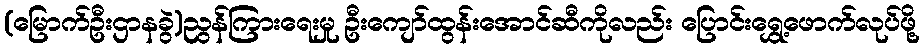
(မြောက်ဦးဌာနခွဲ)ညွန်ကြားရေးမှု ဦးကျော်ထွန်းအောင်ဆီကိုလည်း ပြောင်းရွှေ့ဖောက်လုပ်ဖို့